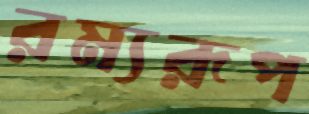
রম্যরূপ